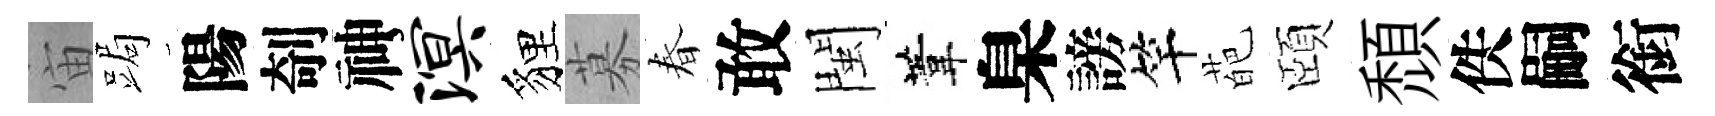
宙跼陽剞神溟貍募春敢閩葦臬謗竿葩頤頹佚嗣銜